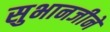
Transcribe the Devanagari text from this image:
सुभानजीने